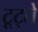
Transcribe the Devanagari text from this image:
टूट्ते